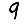
Digit: 9